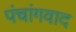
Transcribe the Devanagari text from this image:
पंचांगवाद